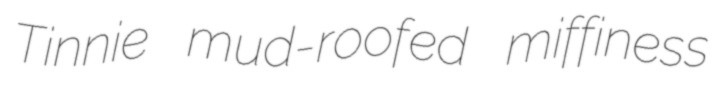
Tinnie mud-roofed miffiness